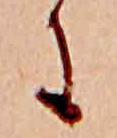
に